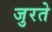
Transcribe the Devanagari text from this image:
जुरते